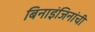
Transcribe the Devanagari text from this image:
बिनाइंजिनांची